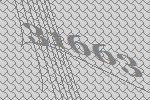
31663